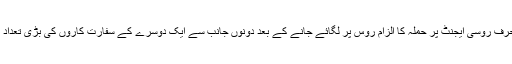
برطانیہ کی طرف سے منحرف روسی ایجنٹ پر حملہ کا الزام روس پر لگائے جانے کے بعد دونوں جانب سے ایک دوسرے کے سفارت کاروں کی بڑی تعداد ملک بدر کی جا چکی تھی۔